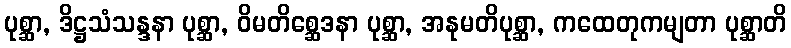
ပုစ္ဆာ, ဒိဋ္ဌသံသန္ဒနာ ပုစ္ဆာ, ဝိမတိစ္ဆေဒနာ ပုစ္ဆာ, အနုမတိပုစ္ဆာ, ကထေတုကမျတာ ပုစ္ဆာတိ